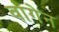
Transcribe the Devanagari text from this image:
वागेन